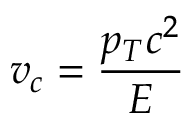
v _ { c } = { \frac { p _ { T } c ^ { 2 } } { E } }